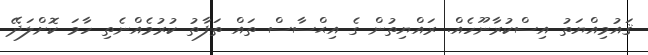
ޤައުމިއްޔަތު އިސްކުރާނޫހެއް. ރައްޔިތުން ގެ އިޙްސާސް ތައް ތަފާތު ކުރުމެއްނެތި ހާމަ ކޮށްލަދޭ